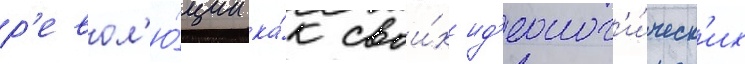
р'евол'ю́ции ка́к свои́х ид'еолог'и́ческ'их